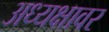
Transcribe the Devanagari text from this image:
अध्यक्षावर